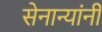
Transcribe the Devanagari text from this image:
सेनान्यांनी